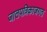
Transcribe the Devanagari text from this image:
जालपत्रिकाजगत